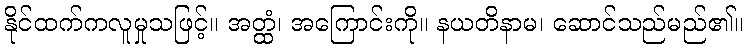
နိုင်ထက်ကလူမှုသဖြင့်။ အတ္ထံ၊ အကြောင်းကို။ နယတိနာမ၊ ဆောင်သည်မည်၏။